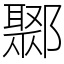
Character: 鄹